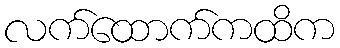
လက်ထောက်ကထိက